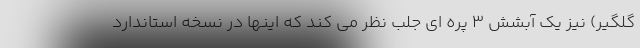
گلگیر) نیز یک آبشش 3 پره ای جلب نظر می کند که اینها در نسخه استاندارد